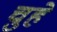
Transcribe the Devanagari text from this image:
चुहे